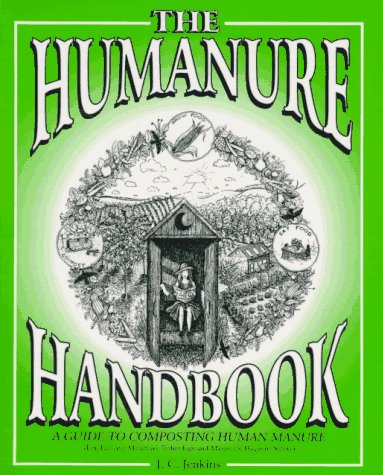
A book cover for The Humanure Handbook: A Guide to Composting Human Manure; Joseph C. Jenkins; Crafts, Hobbies & Home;